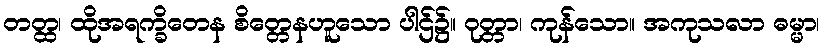
တတ္ထ၊ ထိုအရက္ခိတေန စိတ္တေနဟူသော ပါဌ်၌။ ဝုတ္တာ၊ ကုန်သော။ အကုသလာ ဓမ္မာ၊